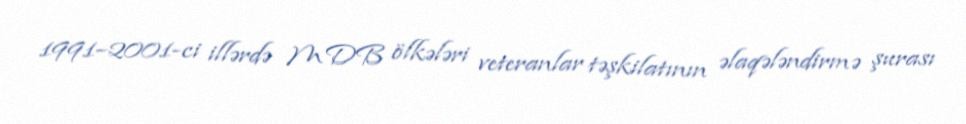
1991–2001-ci illərdə MDB ölkələri veteranlar təşkilatının əlaqələndirmə şurası